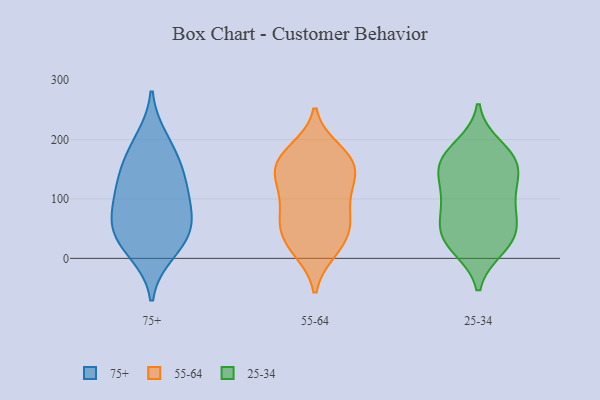
{"axis": {"x": "Humidity (%)", "y": "Value"}, "legend": ["25-34", "55-64", "75+"], "data": [{"x": "", "y": 41, "type": "75+"}, {"x": "", "y": 30, "type": "75+"}, {"x": "", "y": 94, "type": "75+"}, {"x": "", "y": 200, "type": "75+"}, {"x": "", "y": 10, "type": "75+"}, {"x": "", "y": 55, "type": "75+"}, {"x": "", "y": 107, "type": "75+"}, {"x": "", "y": 173, "type": "75+"}, {"x": "", "y": 132, "type": "75+"}, {"x": "", "y": 146, "type": "75+"}, {"x": "", "y": 67, "type": "75+"}, {"x": "", "y": 12, "type": "55-64"}, {"x": "", "y": 168, "type": "55-64"}, {"x": "", "y": 80, "type": "55-64"}, {"x": "", "y": 29, "type": "55-64"}, {"x": "", "y": 111, "type": "55-64"}, {"x": "", "y": 55, "type": "55-64"}, {"x": "", "y": 107, "type": "55-64"}, {"x": "", "y": 43, "type": "55-64"}, {"x": "", "y": 166, "type": "55-64"}, {"x": "", "y": 140, "type": "55-64"}, {"x": "", "y": 67, "type": "55-64"}, {"x": "", "y": 183, "type": "55-64"}, {"x": "", "y": 12, "type": "55-64"}, {"x": "", "y": 153, "type": "55-64"}, {"x": "", "y": 128, "type": "55-64"}, {"x": "", "y": 60, "type": "55-64"}, {"x": "", "y": 144, "type": "55-64"}, {"x": "", "y": 177, "type": "55-64"}, {"x": "", "y": 31, "type": "25-34"}, {"x": "", "y": 155, "type": "25-34"}, {"x": "", "y": 49, "type": "25-34"}, {"x": "", "y": 160, "type": "25-34"}, {"x": "", "y": 82, "type": "25-34"}, {"x": "", "y": 113, "type": "25-34"}, {"x": "", "y": 175, "type": "25-34"}, {"x": "", "y": 99, "type": "25-34"}, {"x": "", "y": 113, "type": "25-34"}, {"x": "", "y": 188, "type": "25-34"}, {"x": "", "y": 59, "type": "25-34"}, {"x": "", "y": 47, "type": "25-34"}, {"x": "", "y": 20, "type": "25-34"}, {"x": "", "y": 160, "type": "25-34"}, {"x": "", "y": 18, "type": "25-34"}, {"x": "", "y": 151, "type": "25-34"}]}